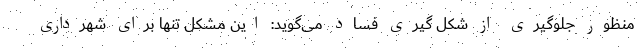
منظور جلوگیری از شکل گیری فساد می‌گوید: این مشکل تنها برای شهرداری